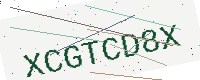
Text: XCGTCD8X